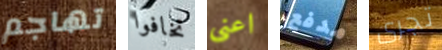
تهاجم تخافوا اعنى مدفع تجرى